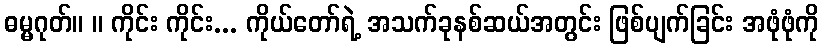
ဓမ္မဂုတ်။ ။ ကိုင်း ကိုင်း... ကိုယ်တော်ရဲ့ အသက်ခုနစ်ဆယ်အတွင်း ဖြစ်ပျက်ခြင်း အဖုံဖုံကို